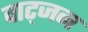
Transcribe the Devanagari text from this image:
वाट्जन